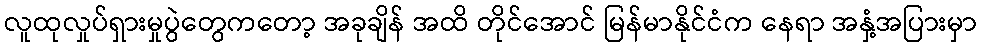
လူထုလှုပ်ရှားမှုပွဲတွေကတော့ အခုချိန် အထိ တိုင်အောင် မြန်မာနိုင်ငံက နေရာ အနှံ့အပြားမှာ